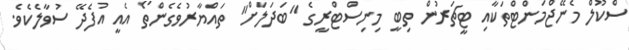
ސްކޫލް މެނޭޖްމަންޓްތަކާއި ޓީޗަރުން ތިބީ މިނިސްޓްރީގެ "ބަދަލަށް" ތައްޔާރުވެގެންތޯ އެއީ އުފެދޭ ސުވާލެކެވެ.